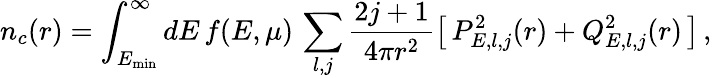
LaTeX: n_{c}(r)=\int_{E_{\mathrm{min}}}^{\infty}dE\, f(E,\mu)\, \sum_{l,j}\frac{2j+1}{4\pi r^{2}}\big[\, P_{E,l,j}^{2}(r)+Q_{E,l,j}^{2}(r)\, \big]\, ,